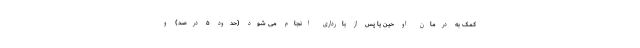
کمک به درمان او حین یا پس از بارداری انجام می شود (حدود ۵ درصد) و